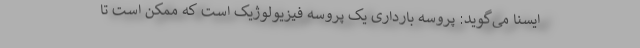
ایسنا می‌گوید: پروسه بارداری یک پروسه فیزیولوژیک است که ممکن است تا